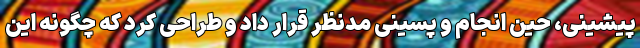
پیشینی، حین انجام و پسینی مدنظر قرار داد و طراحی کرد که چگونه این